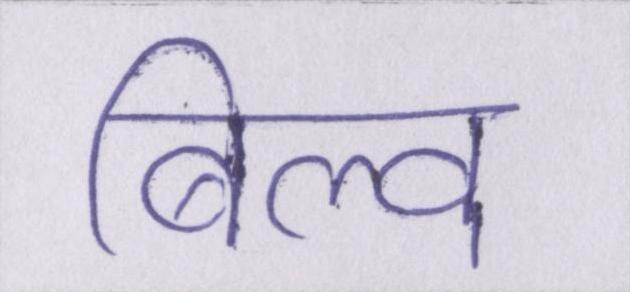
बिल्व